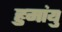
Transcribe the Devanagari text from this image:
हुमांयु